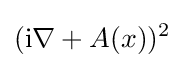
(\mathrm {i} \nabla +A(x))^{2}